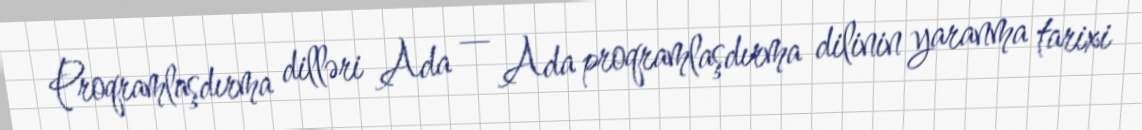
Proqramlaşdırma dilləri Ada — Ada proqramlaşdırma dilinin yaranma tarixi